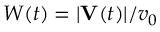
W ( t ) = | \mathbf { V } ( t ) | / v _ { 0 }